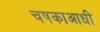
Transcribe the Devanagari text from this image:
चषकाआधी